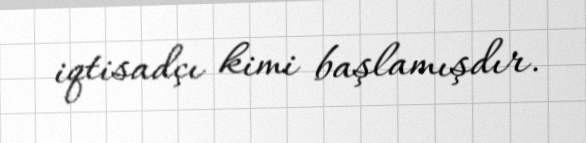
iqtisadçı kimi başlamışdır.